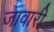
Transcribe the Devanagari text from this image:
जावारी